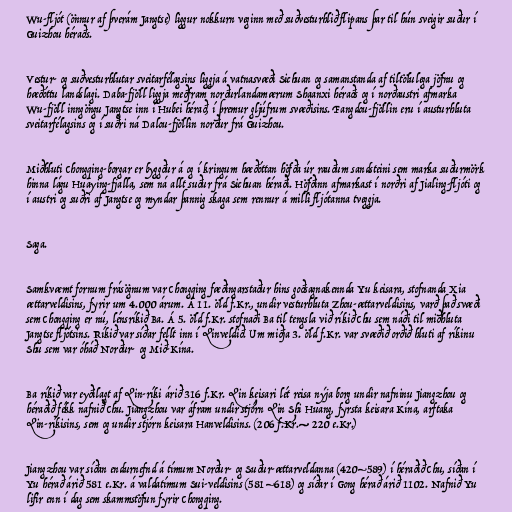
Wu-fljót (önnur af þverám Jangtse) liggur nokkurn veginn með suðvesturhlið flipans þar til hún sveigir suður í
Guizhou héraðs.

Vestur- og suðvesturhlutar sveitarfélagsins liggja á vatnasvæði Sichuan og samanstanda af tiltölulega jöfnu og
hæðóttu landslagi. Daba-fjöll liggja meðfram norðurlandamærum Shaanxi héraðs og í norðaustri afmarka
Wu-fjöll inngöngu Jangtse inn í Hubei hérað, í þremur gljúfrum svæðisins. Fangdou-fjöllin eru í austurhluta
sveitarfélagsins og í suðri ná Dalou-fjöllin norður frá Guizhou.

Miðhluti Chongqing-borgar er byggður á og í kringum hæðóttan höfða úr rauðum sandsteini sem marka suðurmörk
hinna lágu Huaying-fjalla, sem ná allt suður frá Sichuan héraði. Höfðinn afmarkast í norðri af Jialing-fljóti og
í austri og suðri af Jangtse og myndar þannig skaga sem rennur á milli fljótanna tveggja.

Saga.

Samkvæmt fornum frásögnum var Chongqing fæðingarstaður hins goðsagnakennda Yu keisara, stofnanda Xia
ættarveldisins, fyrir um 4.000 árum. Á 11. öld f.Kr., undir vesturhluta Zhou-ættarveldisins, varð það svæði
sem Chongqing er nú, lénsríkið Ba. Á 5. öld f.Kr. stofnaði Ba til tengsla við ríkið Chu sem náði til miðhluta
Jangtse fljótsins. Ríkið var síðar fellt inn í Qinveldið. Um miðja 3. öld f.Kr. var svæðið orðið hluti af ríkinu
Shu sem var óháð Norður- og Mið-Kína.

Ba ríkið var eyðilagt af Qin-ríki árið 316 f.Kr. Qin keisari lét reisa nýja borg undir nafninu Jiangzhou og
héraðið fékk nafnið Chu. Jiangzhou var áfram undir stjórn Qin Shi Huang, fyrsta keisara Kína, arftaka
Qin-ríkisins, sem og undir stjórn keisara Hanveldisins. (206 f.Kr.— 220 e.Kr.)

Jiangzhou var síðan endurnefnd á tímum Norður- og Suður-ættarveldanna (420–589) í héraðið Chu, síðan í
Yu hérað árið 581 e.Kr. á valdatímum Sui-veldisins (581–618) og síðar í Gong hérað árið 1102. Nafnið Yu
lifir enn í dag sem skammstöfun fyrir Chongqing.